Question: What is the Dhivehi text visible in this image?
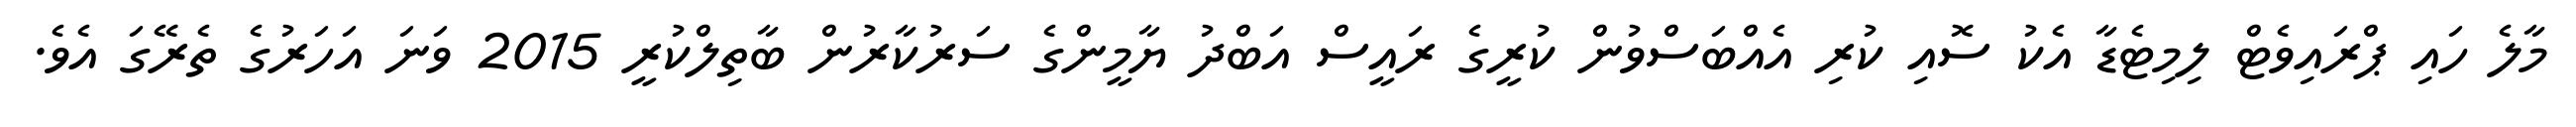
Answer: މާލެ ހައި ޕްރައިވެޓް ލިމިޓެޑާ އެކު ސޮއި ކުރި އެއްބަސްވުން ކުރީގެ ރައީސް އަބްދު ޔާމީންގެ ސަރުކާރުން ބާތިލްކުރީ 2015 ވަނަ އަހަރުގެ ތެރޭގަ އެވެ.